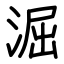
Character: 淈